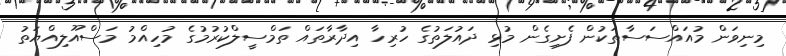
މިނިވަން މުއައްސަސާތަކުން ފެށިގެން މުޅި ދައުލަތުގެ ހުރިހާ އިދާރާތައް ތަމްސީލްކުރުމުގެ މުހިއްމު މަސްއޫލިއްޔަތު